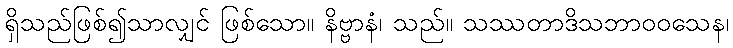
ရှိသည်ဖြစ်၍သာလျှင် ဖြစ်သော။ နိဗ္ဗာနံ၊ သည်။ သဿတာဒိသဘာဝဝသေန၊